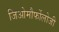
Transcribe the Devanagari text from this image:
जिओमौर्फोलोजी